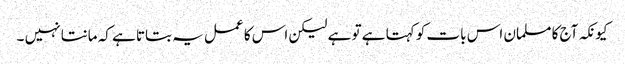
کیونکہ آج کا مسلمان اس بات کو کہتا ہے تو ہے لیکن اس کا عمل یہ بتاتا ہے کہ مانتا نہیں ۔